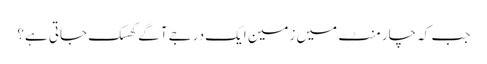
جب کہ چار منٹ میں زمین ایک درجے آگے کھسک جاتی ہے؟